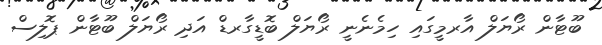
ބޫޓާން ރޯޔަލް އާރމީގައި ހިމެނެނީ ރޯޔަލް ބޮޑީގާރޑް އަދި ރޯޔަލް ބޫޓާން ޕޮލިސް